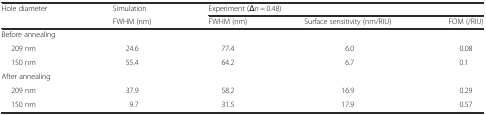
| Hole diameter | Simulation | <COLSPAN=3> Experiment (Δn = 0.48) |
 |  | FWHM (nm) | FWHM (nm) | Surface sensitivity (nm/RIU) | FOM (/RIU) |
 | --- | --- | --- | --- | --- |
 | Before annealing |  |  |  |  |
 | 209 nm | 24.6 | 77.4 | 6.0 | 0.08 |
 | 150 nm | 55.4 | 64.2 | 6.7 | 0.1 |
 | After annealing |  |  |  |  |
 | 209 nm | 37.9 | 58.2 | 16.9 | 0.29 |
 | 150 nm | 9.7 | 31.5 | 17.9 | 0.57 |